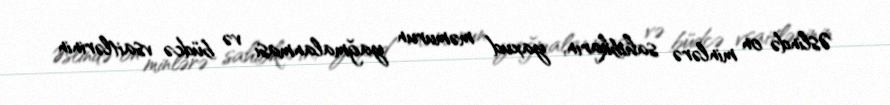
Əslində on minlərə sahibkarın, yaxud məmurun yağmalanması və büdcə vsaitlərinin